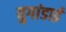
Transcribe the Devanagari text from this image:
युगांडाई